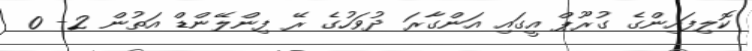
ކޮލިފައިންގެ ގުރޫޕް އީގައި އަންގާރަ ދުވަހުގެ ރޭ ފިންލޭންޑް އަތުން 2- 0